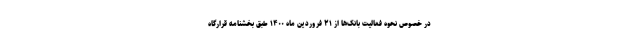
در خصوص نحوه فعالیت بانک‌ها از ۲۱ فروردین ماه ۱۴۰۰ طبق بخشنامه قرارگاه